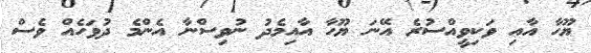
ޔޫހާ އާއި ވަކިވީއްސުރެ އޭނަ ޔޫހާ އާއިމެދު ނުވިސްނާ އެންމެ ދުވަހެއް ވެސް